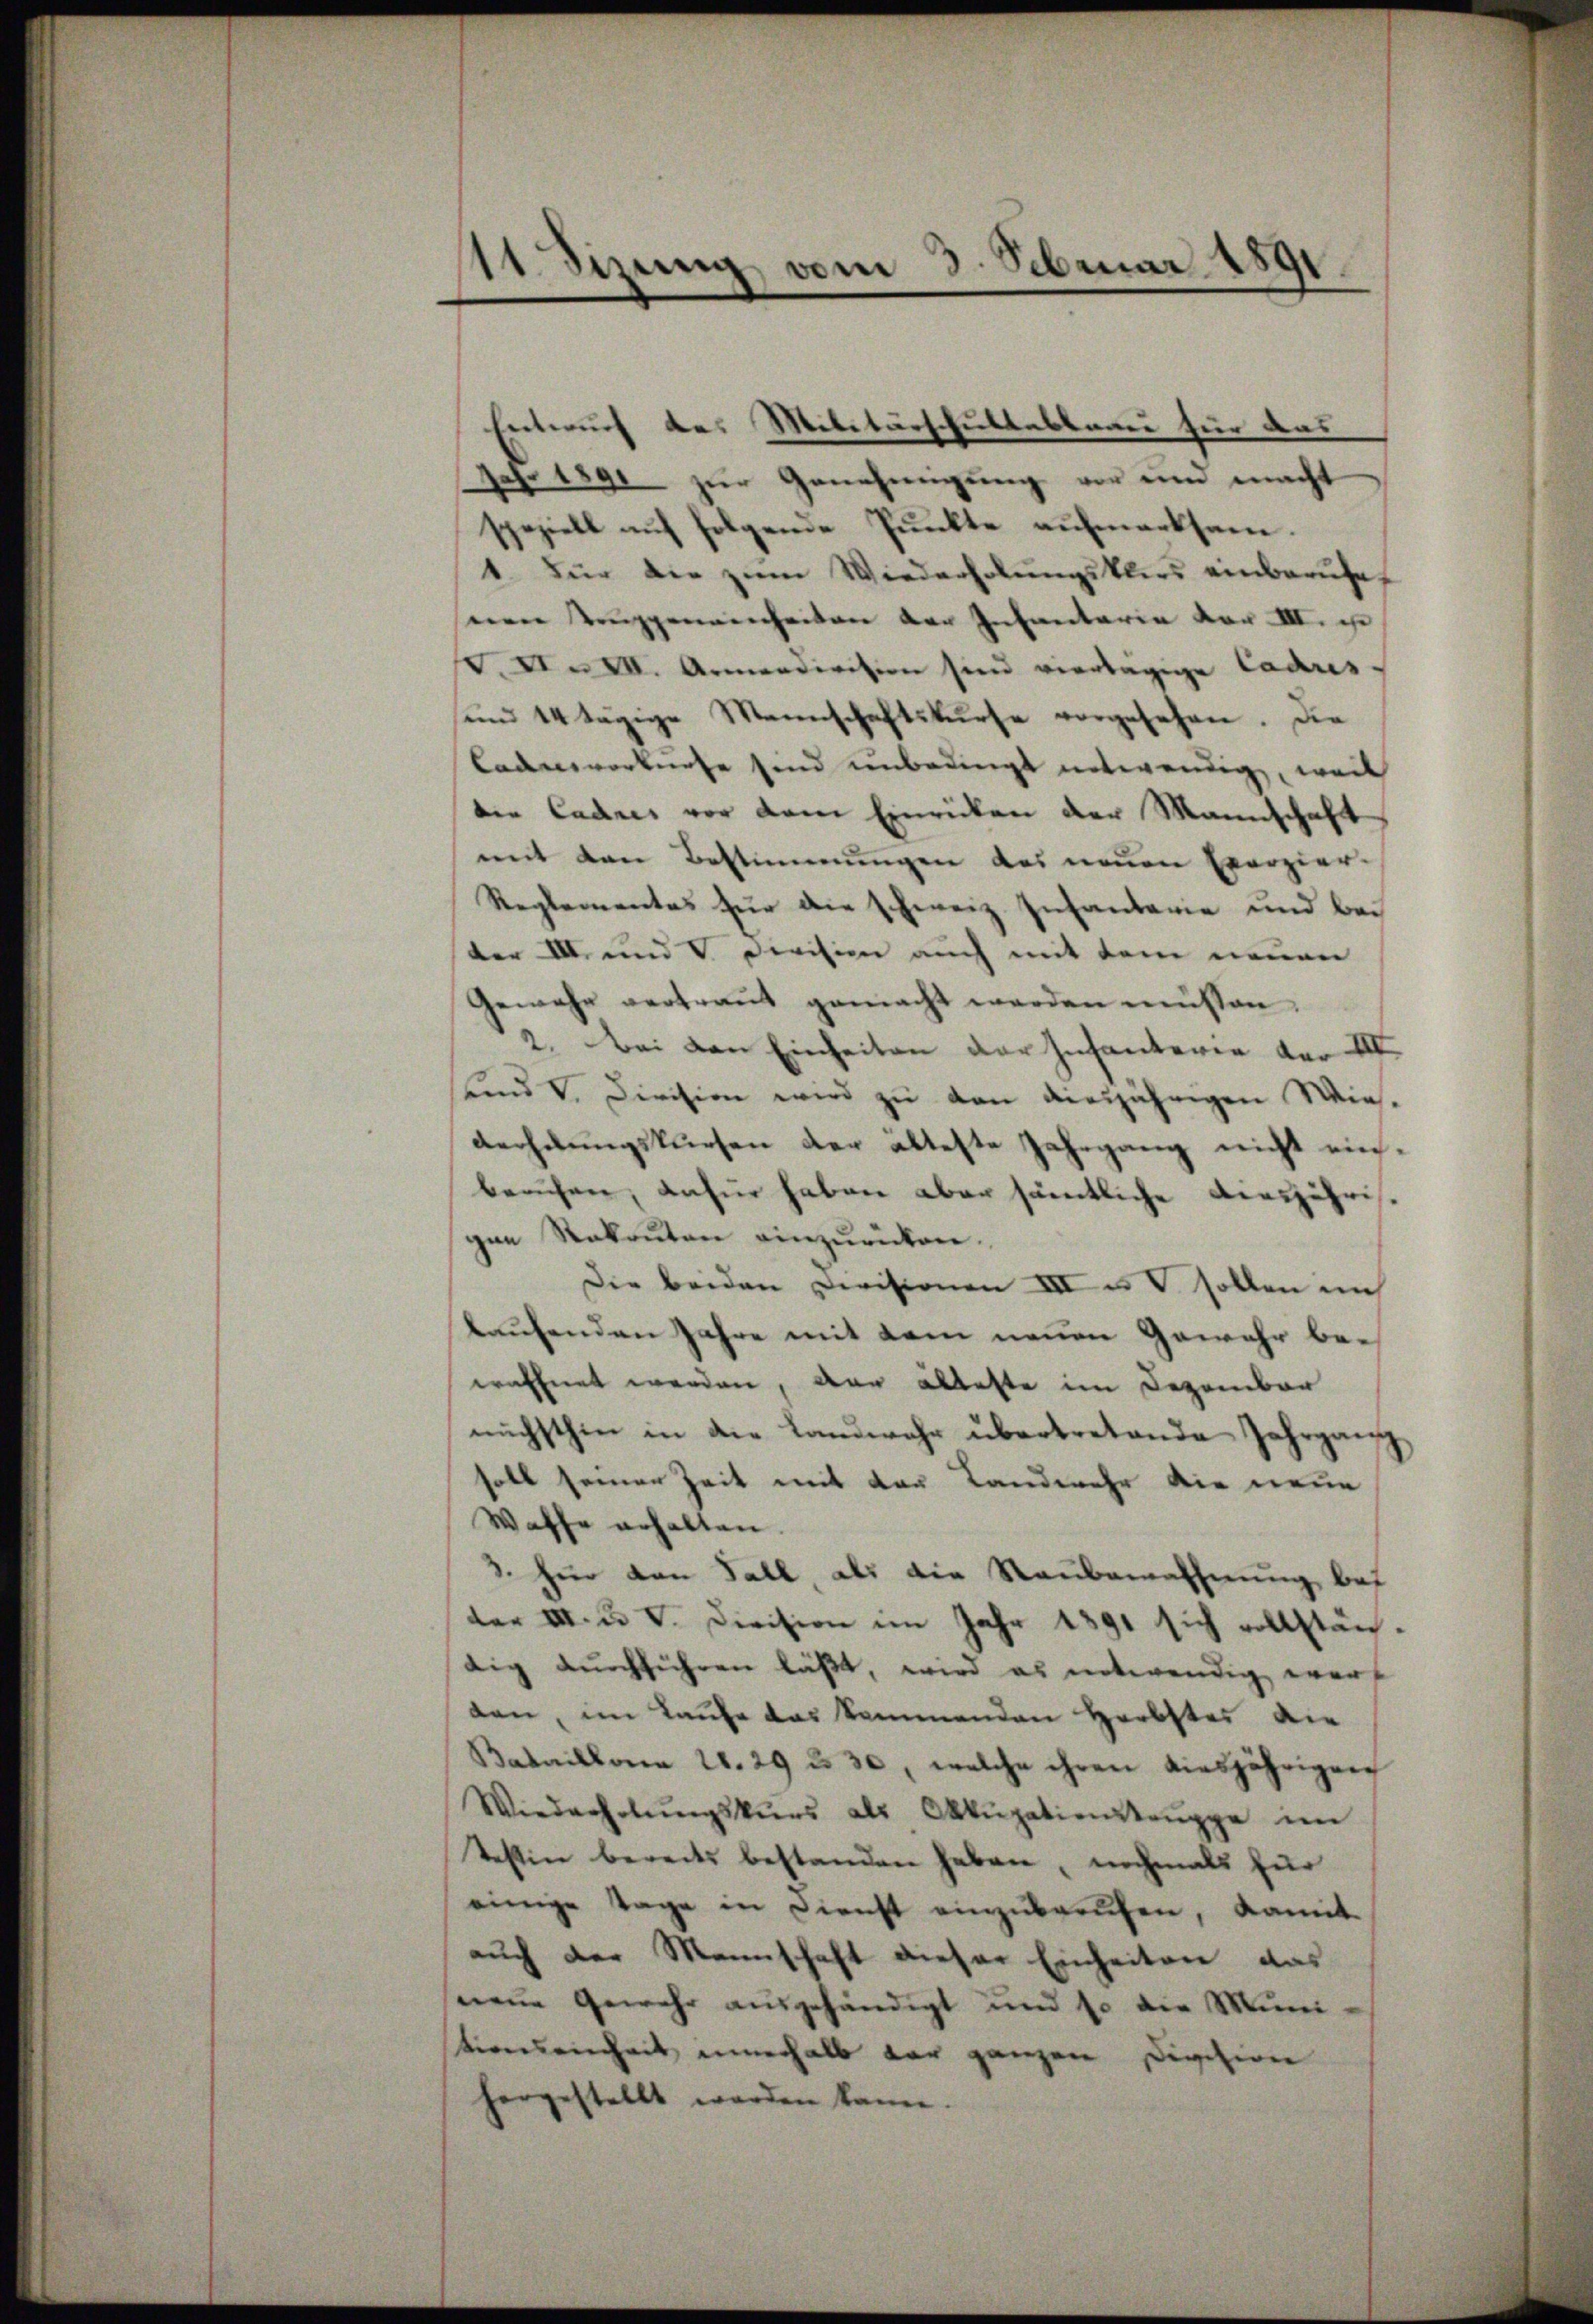
11 Sizung vom 3. Februar 1891.

Entwurf das Militärschultesterei für das
Jahr 1890 zur Genehmigung vor und macht
speziell auf folgende Punkte aufmerksam.
1. Für die zŭm Wiederholŭngsklirs einbarŭhe
seien Truppennenheiten der Infantaria vor III. er
. XI. XII. Armendivision sind viertägige Cauris-
sind 14 tägige Mannschaftskurse vorgesehen. Die
Cadneverkürte sind unbedingt notwendig, weil
die Cadres vor dem Einrücken der Mannschaft
mit den Bestimmungen des neuen Exerzier-
Reglementes für die schweiz. Infantarie und bei
der VII. und Division auch mit dem neuen
Gewehr vertraut gemacht werden müssen.
2. Bei den Einheiten der Infanterie vor III.
unnd V. Division wird zu den diesjährigen Wiederhebungskursen der älteste Jahrgang nicht einberuhen, dafür haben aber sämtliche diesjähri
gen Rekruten einzurücken.
Die beiden Divisionen III u. V. sollen in
buchenden Jahre mit dem neuen Gewehr beeröffnet werden, der alleste im Dezember
nächsthin in die Landwehr übertretende Jahrgang
soll seiner Zeit mit der Landwehr die neue
Waffe erhalten.
3. für den Fall, als die Raubemahnung bes
ter III. u. V. Division im Jahr 1891 sich vollstäntig dŭrchführen läßt, wird es notwendig wer-
den, im Laufe das kommenden Herbstes die
Bataillona 21. 29 u. 30, welche ihren diesjährigen
Wiederholŭngskurs als Okkupationstruppe im
Testin bereits bestanden haben, nochmals für
einige Tage in Dienst einzuberufen, damit
auch der Mannschaft dieser Einheiten das
neue Gewehr ausgehändigt und so die Muni
Kirendenheit innerhalb der ganzen Division
hergestellt werden kann.